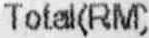
TOTAL(RM)